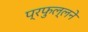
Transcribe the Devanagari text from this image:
प्रफुल्लने